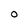
Character: O